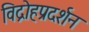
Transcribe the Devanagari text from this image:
विद्रोहप्रदर्शन